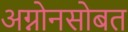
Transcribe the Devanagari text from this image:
अग्नोनसोबत